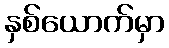
နှစ်ယောက်မှာ